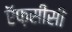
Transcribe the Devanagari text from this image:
ऍफ़सीसी